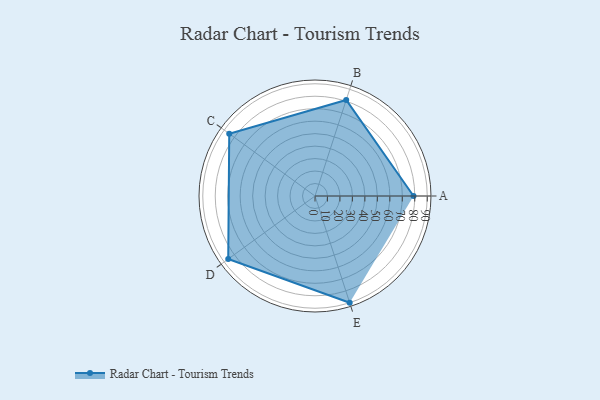
{"axis": {"x": "Skill", "y": "Score"}, "legend": ["Profile"], "data": [{"x": "A", "y": 79.0, "type": "Profile"}, {"x": "B", "y": 81.0, "type": "Profile"}, {"x": "C", "y": 85.0, "type": "Profile"}, {"x": "D", "y": 86.0, "type": "Profile"}, {"x": "E", "y": 90.0, "type": "Profile"}]}